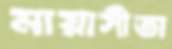
মায়াসীতা